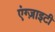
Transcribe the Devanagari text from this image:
एंग्ज़ाइटी